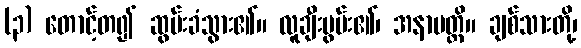
(၃) တောင့်တ၍ ဆွမ်းခံသွား၏။ လူချီးမွမ်း၏၊ အနာပတ္တိ။ ချစ်သားတို့၊